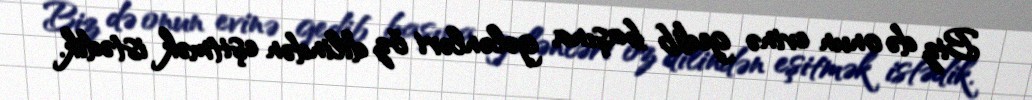
Biz də onun evinə gedib başına gələnləri öz dilindən eşitmək istədik.